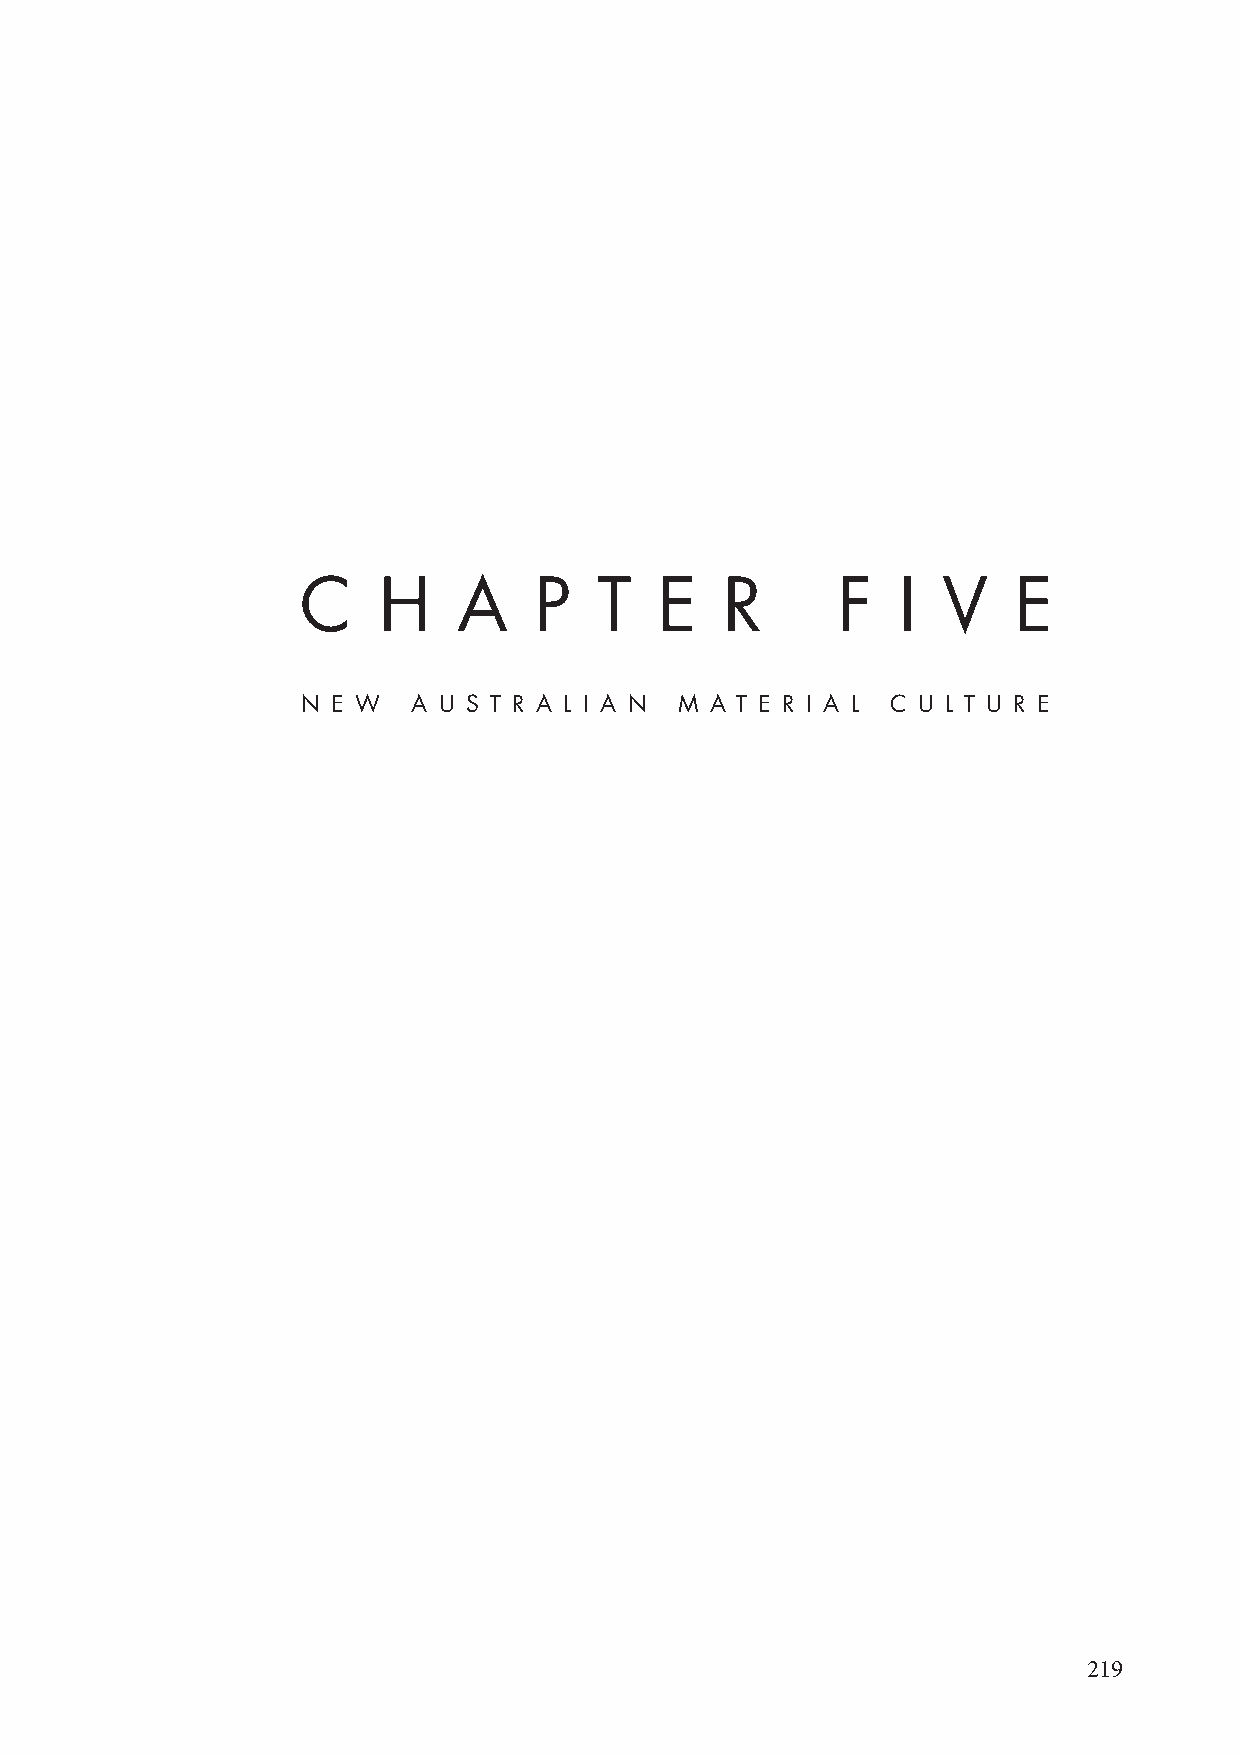
C    H    A    P    T   E   R      F   I  V    E
 N E W  A U S T R A L I A N M A T E R I A L C U L T U R E
 219